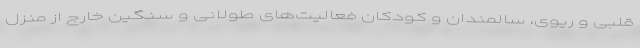
قلبی و ریوی، سالمندان و کودکان فعالیت‌های طولانی و سنگین خارج از منزل